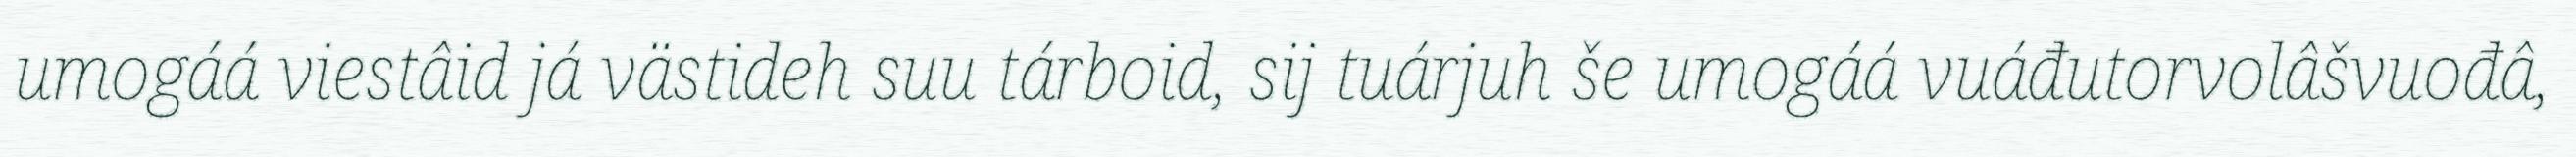
umogáá viestâid já västideh suu tárboid, sij tuárjuh še umogáá vuáđutorvolâšvuođâ,